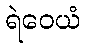
ရဲဝေယံ